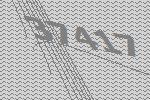
37417